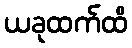
ယခုထက်ထိ